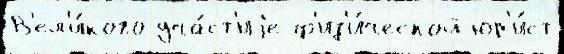
В'ел'и́кого уча́ст'иjе ф'из'и́ческой юр'и́ст